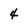
Character: 4